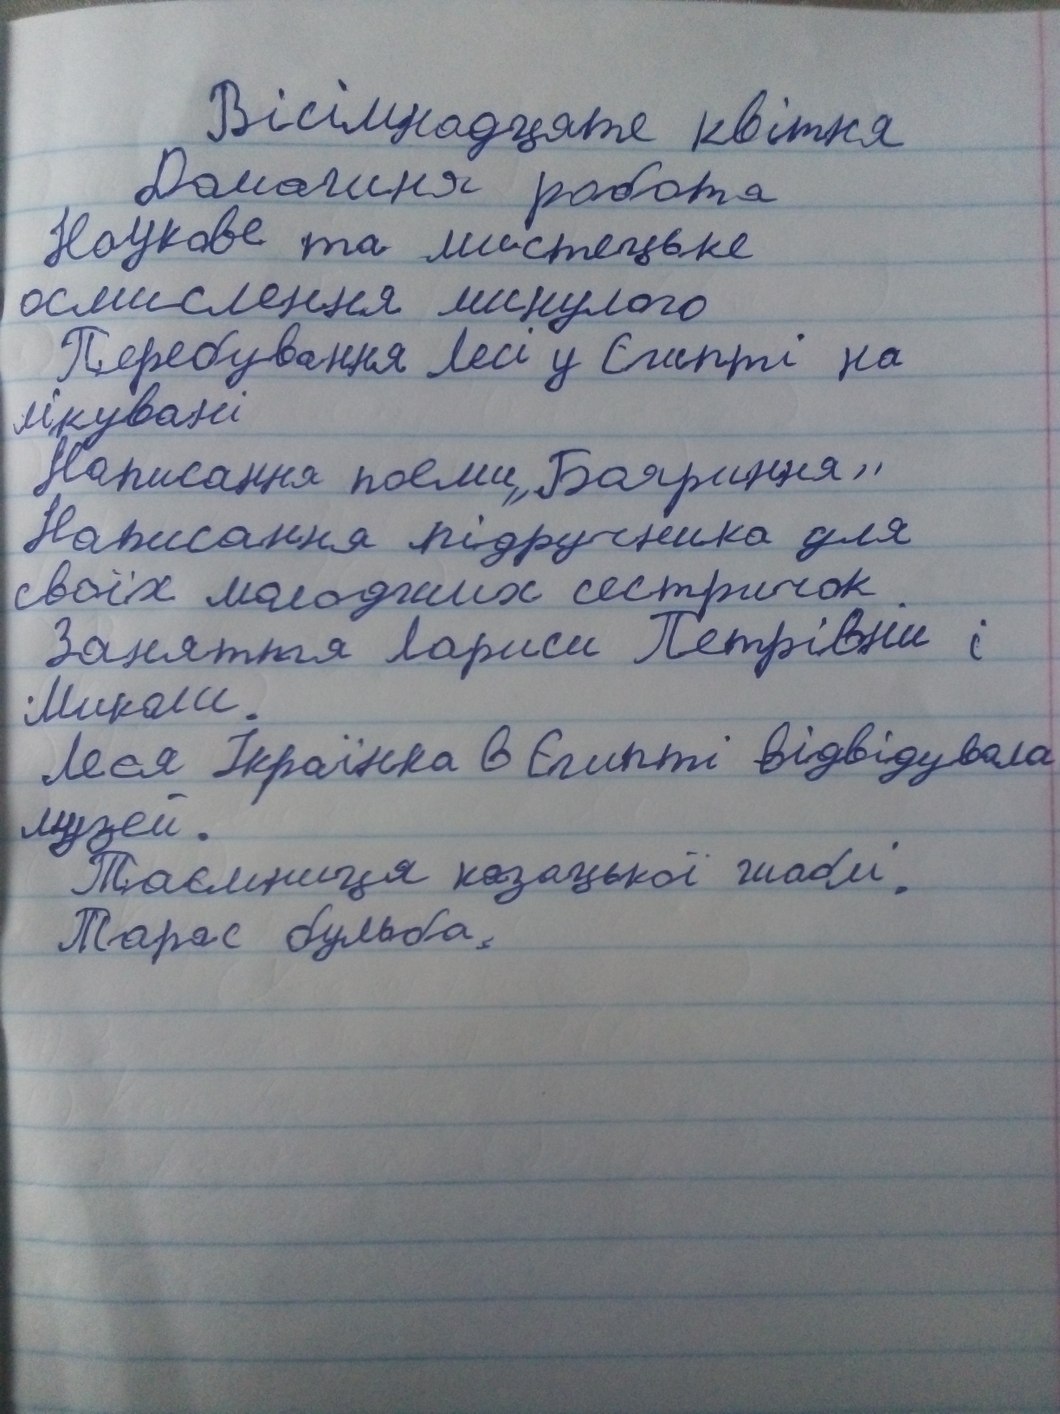
Вісімнадцяте квітня
Домашня робота
Наукове та мистецьке
осмислення минулого
Перебування Лесі у Єгипті на
лікуванні
Написання поеми „Бояриня“
Написання підручника для
своїх молодших сестричок.
Заняття Лариси Петрівни і
Миколи.
Леся Українка в Єгипті відвідувала
музей.
Таємниця козацької шаблі.
Тарас бульба.